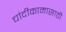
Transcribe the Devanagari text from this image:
चांदीकामासाठी